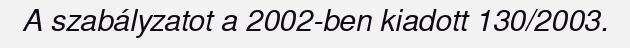
A szabályzatot a 2002-ben kiadott 130/2003.